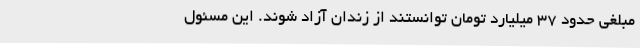
مبلغی حدود 37 میلیارد تومان توانستند از زندان آزاد شوند. این مسئول